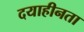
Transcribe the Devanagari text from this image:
दयाहीनता